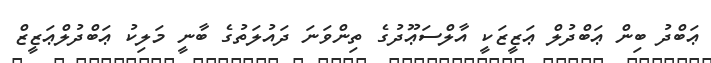
ޢަބްދު ބިން ޢަބްދުލް ޢަޒީޒަކީ އާލްސަޢޫދުގެ ތިންވަނަ ދައުލަތުގެ ބާނީ މަލިކު ޢަބްދުލްޢަޒީޒް